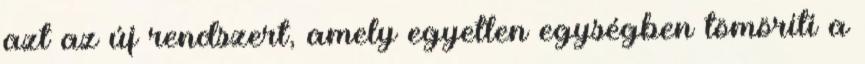
azt az új rendszert, amely egyetlen egységben tömöríti a